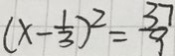
( x - \frac { 1 } { 3 } ) ^ { 2 } = \frac { 3 7 } { 9 }